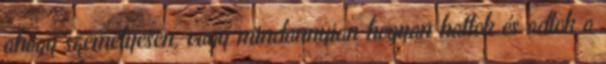
ahogy személyesen, vagy mindannyian hogyan hattok és adtok a